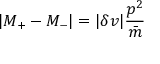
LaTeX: | M _ { + } - M _ { - } | = | \delta v | { \frac { p ^ { 2 } } { \bar { m } } }